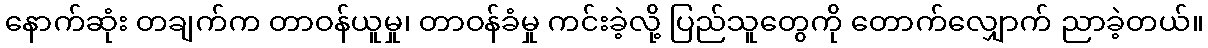
နောက်ဆုံး တချက်က တာဝန်ယူမှု၊ တာဝန်ခံမှု ကင်းခဲ့လို့ ပြည်သူတွေကို တောက်လျှောက် ညာခဲ့တယ်။